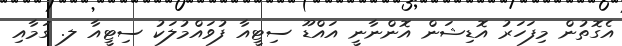
އެގޮތުން މިފަހަރު އޮޑިޝަން އޮންނާނީ އައްޑޫ ސިޓީއާ ފުވައްމުލަކު ސިޓީއާ ލ. ގަމާއި